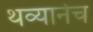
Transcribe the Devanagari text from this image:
थव्यानेच